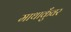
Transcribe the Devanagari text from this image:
माथाकुँवर